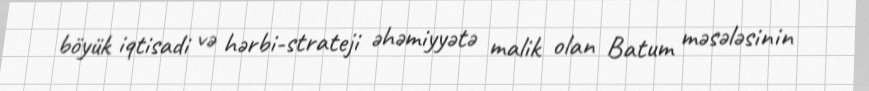
böyük iqtisadi və hərbi-strateji əhəmiyyətə malik olan Batum məsələsinin